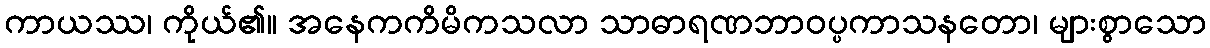
ကာယဿ၊ ကိုယ်၏။ အနေကကိမိကသလာ သာဓာရဏဘာဝပ္ပကာသနတော၊ များစွာသော